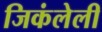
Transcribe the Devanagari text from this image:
जिकंलेली